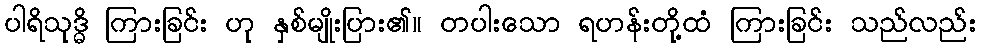
ပါရိသုဒ္ဓိ ကြားခြင်း ဟု နှစ်မျိုးပြား၏။ တပါးသော ရဟန်းတို့ထံ ကြားခြင်း သည်လည်း